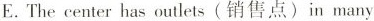
E. The center has outlets (销售点) in many